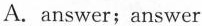
A. answer;answer